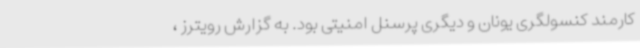
کارمند کنسولگری یونان و دیگری پرسنل امنیتی بود. به گزارش رویترز ،